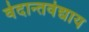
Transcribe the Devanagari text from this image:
वेदान्तवेद्याय